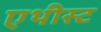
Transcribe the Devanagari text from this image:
एथीस्ट